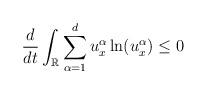
LaTeX: \begin{align*} \frac{d}{dt}\int_{\mathbb{R}}{\sum_{\alpha=1}^{d}{u^\alpha_x\ln(u^\alpha_x)}}\leq 0\end{align*}